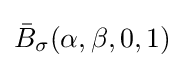
{\bar {B}}_{\sigma }(\alpha ,\beta ,0,1)